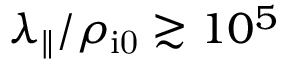
\lambda _ { \parallel } / \rho _ { \mathrm { i 0 } } \gtrsim 1 0 ^ { 5 }